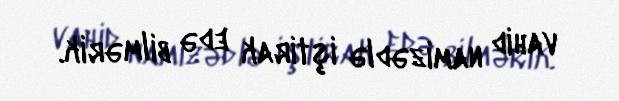
vahid namizədlə iştirak edə bilmərik.